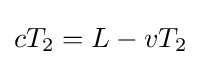
{\textstyle cT_{2}=L-vT_{2}}